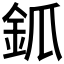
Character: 𨥝